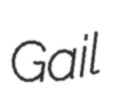
Gail